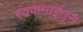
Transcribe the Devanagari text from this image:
स्वकमाईतून